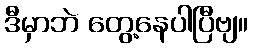
ဒီမှာဘဲ တွေ့နေပါပြီဗျ။